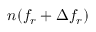
n ( f _ { r } + \Delta f _ { r } )